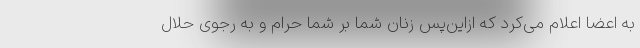
به اعضا اعلام می‌کرد که از‌این‌پس زنان شما بر شما حرام و به رجوی حلال